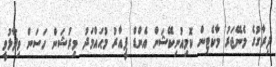
ދިރާގުގެ މެނޭޖަރު މާކެޓިިން ކޮމިއުނިކޭޝަން އެންޑް ޕީއާރު މުޙައްމަދު މިރުޝަން ހަސަން ވިދާޅުވީ